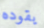
يقوده